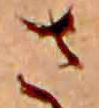
さ